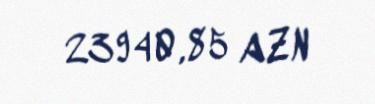
23940,85 AZN